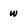
Character: w